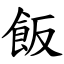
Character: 飯